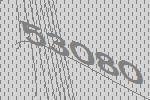
53080